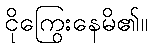
ငိုကြွေးနေမိ၏။